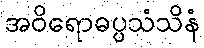
အဝိရောဓပ္ပသံသိနံ